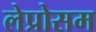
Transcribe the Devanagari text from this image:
लेप्रोसम